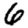
Digit: 6